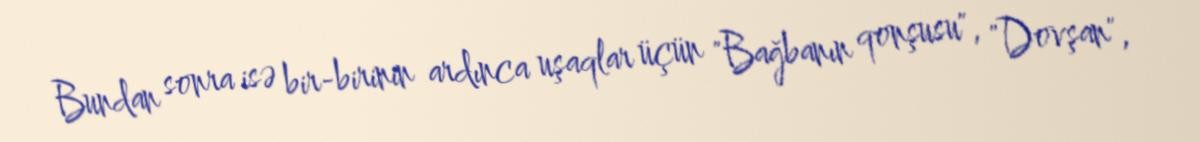
Bundan sonra isə bir-birinin ardınca uşaqlar üçün "Bağbanın qonşusu", "Dovşan",